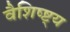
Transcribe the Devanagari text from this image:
वैशिष्ष्ट्य